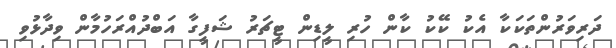
ދަރިވަރުންތަކަކާ އެކު ކޭކު ކާން ހުރި ލީޑިން ޓީޗަރު ޝަފީގާ އަބްދުއްރަހުމާން ވިދާޅުވި